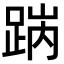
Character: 𨁧